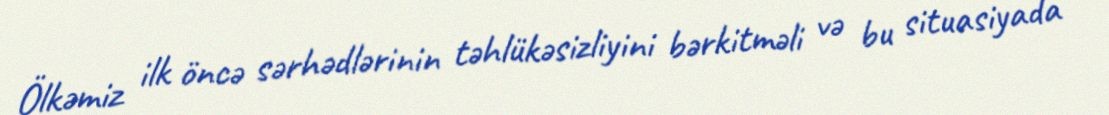
Ölkəmiz ilk öncə sərhədlərinin təhlükəsizliyini bərkitməli və bu situasiyada